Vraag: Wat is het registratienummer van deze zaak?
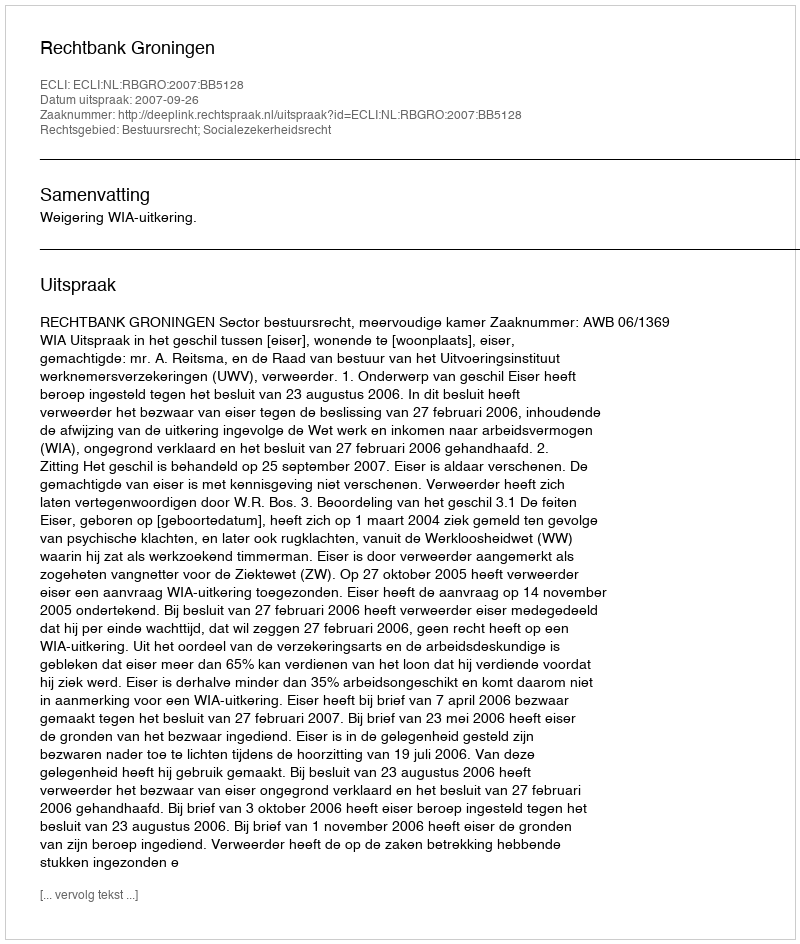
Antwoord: http://deeplink.rechtspraak.nl/uitspraak?id=ECLI:NL:RBGRO:2007:BB5128